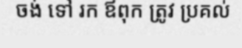
ចង់ ទៅ រក ឪពុក ត្រូវ ប្រគល់